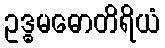
ဥဒ္ဓမဓောတိရိယံ